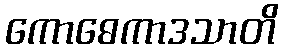
ကောဓေကာဒသာတိ